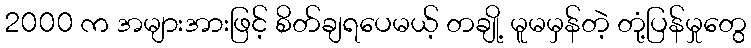
2000 က အများအားဖြင့် စိတ်ချရပေမယ့် တချို့ မူမမှန်တဲ့ တုံ့ပြန်မှုတွေ